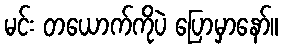
မင်း တယောက်ကိုပဲ ပြောမှာနော်။